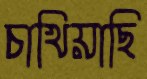
চাখিয়াছি